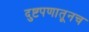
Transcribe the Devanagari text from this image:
दुष्टपणातूनच